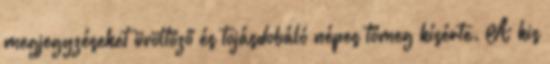
megjegyzéseket üvöltöző és tojásdobáló népes tömeg kísérte. A kis